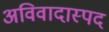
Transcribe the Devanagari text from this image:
अविवादास्पद